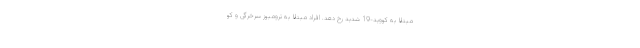
مبتلا به کووید-19 شدید رخ دهد. افراد مبتلا به ترومبوز سرخرگی و کو